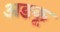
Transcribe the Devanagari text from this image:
अडकू